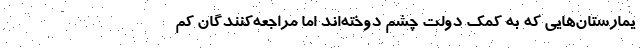
یمارستان‌هایی که به کمک دولت چشم دوخته‌اند اما مراجعه‌کنندگان کم